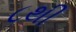
૮થી